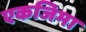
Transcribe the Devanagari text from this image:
एकजिमा